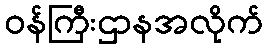
ဝန်ကြီးဌာနအလိုက်